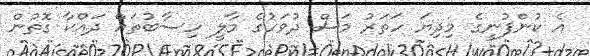
އެ ކުންފުނީގެ މިިދިޔަ ހަތަރު މަސް ދުވަހުގެ މާލީ ހިސާބުތައް ދައްކާ ގޮތުން